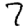
Digit: 7